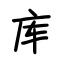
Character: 库